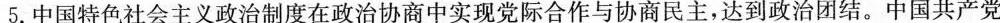
5.中国特色社会主义政治制度在政治协商中实现党际合作与协商民主，达到政治团结。中国共产党